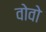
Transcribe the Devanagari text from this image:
वोवो